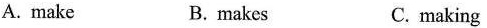
A. make B.makes C.making